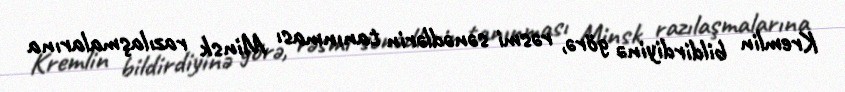
Kremlin bildirdiyinə görə, rəsmi sənədlərin tanınması Minsk razılaşmalarına